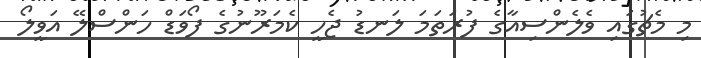
މި މެޗުގައި ވެލެންސިއާގެ ފުރަތަމަ ލަނޑު ޖެހީ ކެމަރޫނުގެ ފޯވަޑް ހަންސްލޭ އަވީލޯ